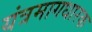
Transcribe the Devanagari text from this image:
यंत्रमागधारक